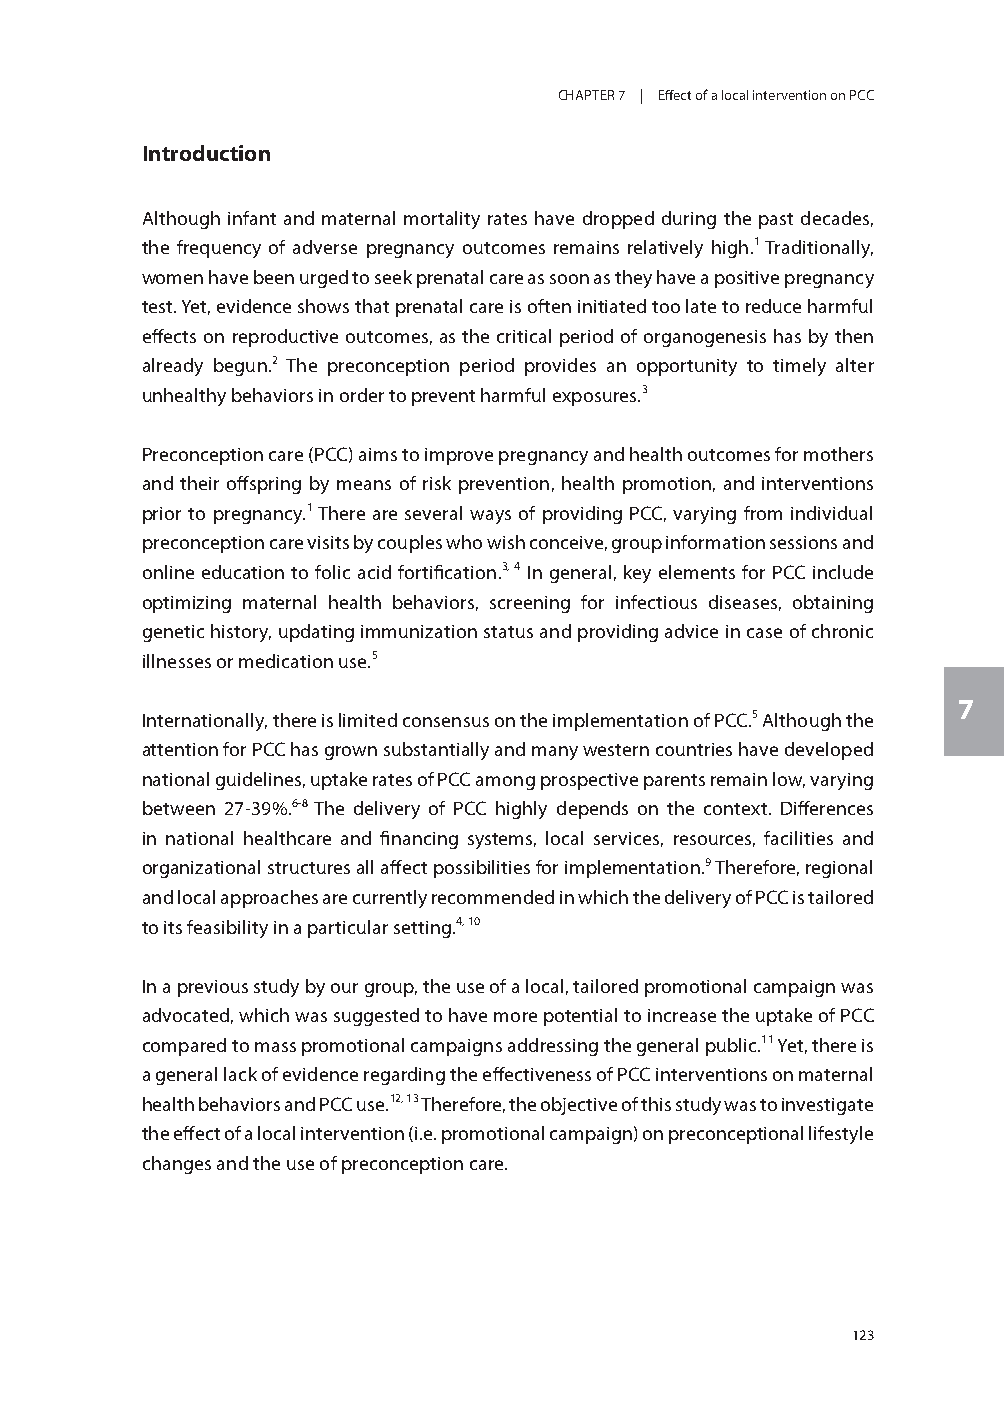
CHAPTER 7 | Effect of a local intervention on PCC
 Introduction
 Although infant and maternal mortality rates have dropped during the past decades,
 the frequency of adverse pregnancy outcomes remains relatively high.1 Traditionally,
 women have been urged to seek prenatal care as soon as they have a positive pregnancy
 test. Yet, evidence shows that prenatal care is often initiated too late to reduce harmful
 effects on reproductive outcomes, as the critical period of organogenesis has by then
 already begun.2 The preconception period provides an opportunity to timely alter
 unhealthy behaviors in order to prevent harmful exposures.3
 Preconception care (PCC) aims to improve pregnancy and health outcomes for mothers
 and their offspring by means of risk prevention, health promotion, and interventions
 prior to pregnancy.1 There are several ways of providing PCC, varying from individual
 preconception care visits by couples who wish conceive, group information sessions and
 online education to folic acid fortification.3, 4 In general, key elements for PCC include
 optimizing maternal health behaviors, screening for infectious diseases, obtaining
 genetic history, updating immunization status and providing advice in case of chronic
 illnesses or medication use.5
 7
 Internationally, there is limited consensus on the implementation of PCC.5 Although the
 attention for PCC has grown substantially and many western countries have developed
 national guidelines, uptake rates of PCC among prospective parents remain low, varying
 between 27-39%.6-8 The delivery of PCC highly depends on the context. Differences
 in national healthcare and financing systems, local services, resources, facilities and
 organizational structures all affect possibilities for implementation.9 Therefore, regional
 and local approaches are currently recommended in which the delivery of PCC is tailored
 to its feasibility in a particular setting.4, 10
 In a previous study by our group, the use of a local, tailored promotional campaign was
 advocated, which was suggested to have more potential to increase the uptake of PCC
 compared to mass promotional campaigns addressing the general public.11 Yet, there is
 a general lack of evidence regarding the effectiveness of PCC interventions on maternal
 health behaviors and PCC use.12, 13 Therefore, the objective of this study was to investigate
 the effect of a local intervention (i.e. promotional campaign) on preconceptional lifestyle
 changes and the use of preconception care.
 123